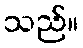
သည်။